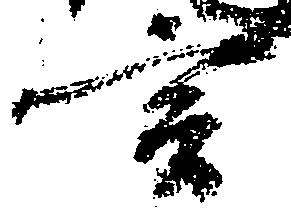
言